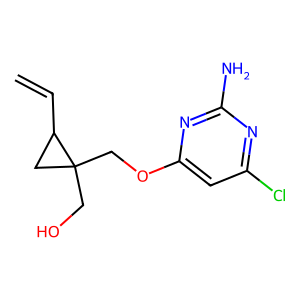
SMILES: C=CC1CC1(CO)COc1cc(Cl)nc(N)n1
Inhibits HIV replication: No